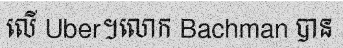
លើ Uber។លោក Bachman បាន